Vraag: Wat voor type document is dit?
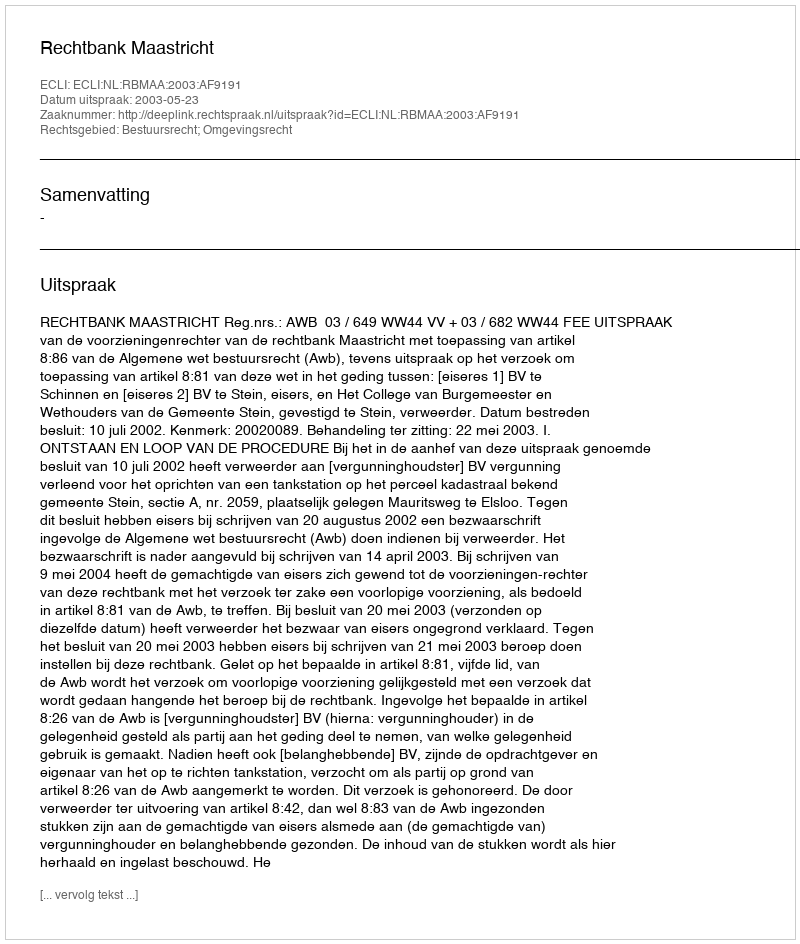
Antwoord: Uitspraak